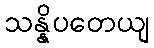
သန္နိပတေယျ